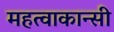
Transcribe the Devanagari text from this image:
महत्वाकान्सी